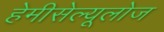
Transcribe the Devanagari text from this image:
हेमीसेल्यूलोज